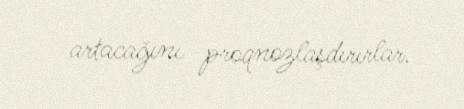
artacağını proqnozlaşdırırlar.